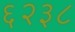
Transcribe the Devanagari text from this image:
६२३८